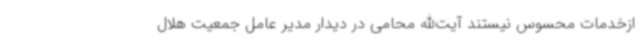
ازخدمات محسوس نیستند آیت‌الله محامی در دیدار مدیر عامل جمعیت هلال